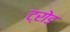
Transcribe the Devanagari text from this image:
ट्रोड